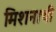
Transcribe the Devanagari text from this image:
मिशनाची